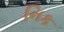
નિક